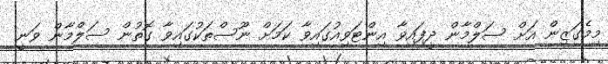
މިމެގަޒިން އަށް ސަލްމާން ދީފައިވާ އިންޓަވިއުގައިވާ ކަމަށް ނޫސްތަކުގައިވާ ގޮތުން ސަލްމާން ވަނީ